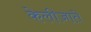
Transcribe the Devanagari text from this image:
केलीजाते